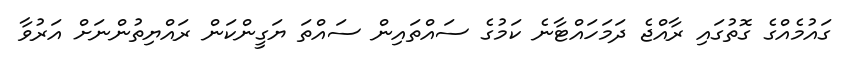
ގައުމެއްގެ ގޮތުގައި ރާއްޖެ ދަމަހައްޓާނެ ކަމުގެ ސައްތައިން ސައްތަ ޔަގީންކަން ރައްޔިތުންނަށް އަރުވާ